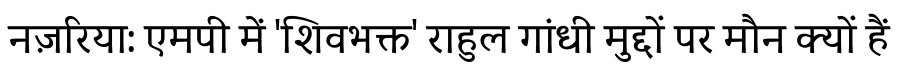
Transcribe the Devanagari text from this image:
नज़रिया: एमपी में 'शिवभक्त' राहुल गांधी मुद्दों पर मौन क्यों हैं